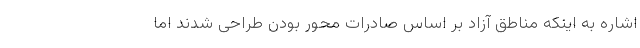
اشاره به اینکه مناطق آزاد بر اساس صادرات محور بودن طراحی شدند اما